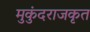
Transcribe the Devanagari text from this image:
मुकुंदराजकृत